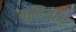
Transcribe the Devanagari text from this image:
मुहियीन्